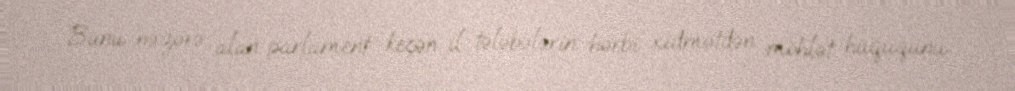
Bunu nəzərə alan parlament keçən il tələbələrin hərbi xidmətdən möhlət hüququnu